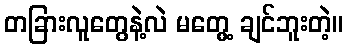
တခြားလူတွေနဲ့လဲ မတွေ့ ချင်ဘူးတဲ့။